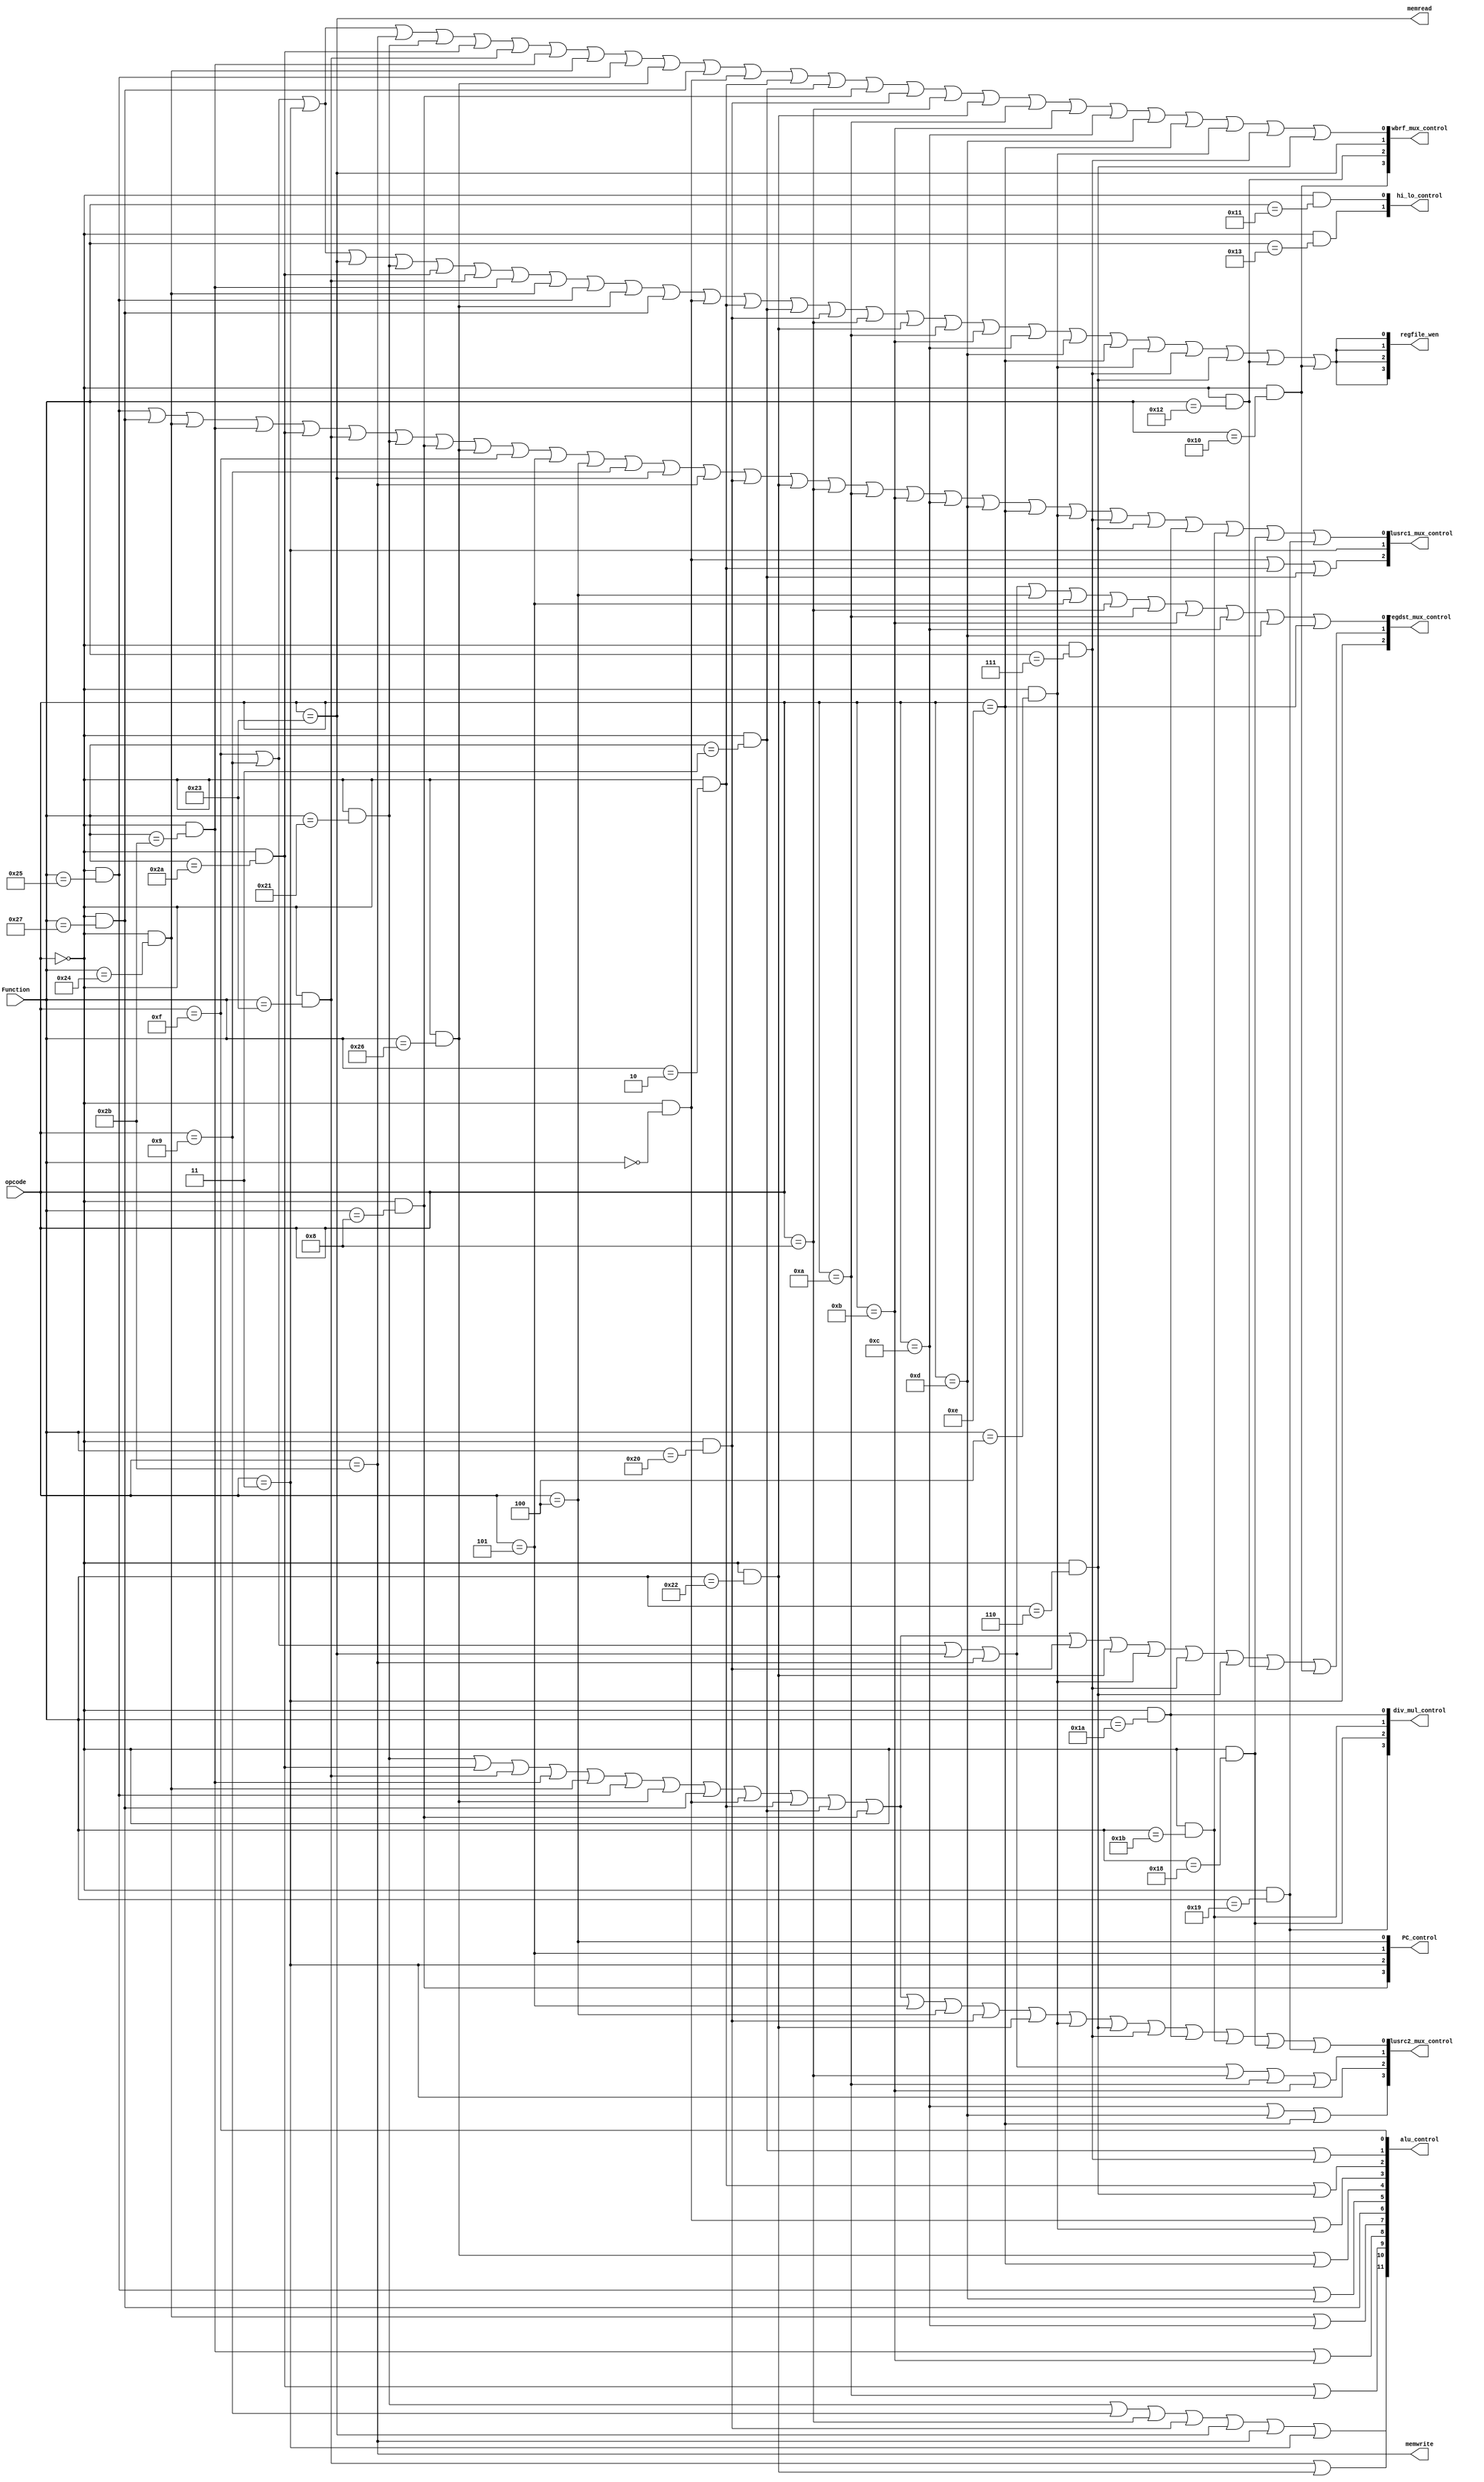
module control
	#(
		//Instruction Opcode 
            parameter INST_LUI    =    6'b001111,
            parameter INST_ADDU   =    6'b000000,
            parameter INST_ADDIU  =    6'b001001,
            parameter INST_SLT    =    6'b000000,
            parameter INST_SUBU   =    6'b000000,
            parameter INST_SLTU   =    6'b000000,
            parameter INST_AND    =    6'b000000,
            parameter INST_OR     =    6'b000000,
            parameter INST_XOR    =    6'b000000,
            parameter INST_NOR    =    6'b000000,
            parameter INST_SLL    =    6'b000000,
            parameter INST_SRL    =    6'b000000,
            parameter INST_SRA    =    6'b000000,
            parameter INST_LW     =    6'b100011,
            parameter INST_SW     =    6'b101011,
            parameter INST_BEQ    =    6'b000100,
            parameter INST_BNE    =    6'b000101,
            parameter INST_JR     =    6'b000000,
            parameter INST_JAL    =    6'b000011,
            parameter INST_ADD    =    6'b000000,
            parameter INST_ADDI   =    6'b001000,
            parameter INST_SUB    =    6'b000000,
            parameter INST_SLTI   =    6'b001010,
            parameter INST_SLTIU  =    6'b001011,
            parameter INST_ANDI   =    6'b001100,
            parameter INST_ORI    =    6'b001101,
            parameter INST_XORI   =    6'b001110,
            parameter INST_SLLV   =    6'b000000,
            parameter INST_SRAV   =    6'b000000,
            parameter INST_SRLV   =    6'b000000,
            parameter INST_DIV    =    6'b000000,
            parameter INST_DIVU   =    6'b000000,
            parameter INST_MULT   =    6'b000000,
            parameter INST_MULTU  =    6'b000000,
            parameter INST_MFHI   =    6'b000000,
            parameter INST_MFLO   =    6'b000000,
            parameter INST_MTHI   =    6'b000000,
            parameter INST_MTLO   =    6'b000000,

    
            //Rtype Instruction Function
            parameter FUNCTION_JR   = 6'b001000,
            parameter FUNCTION_ADDU = 6'b100001,
            parameter FUNCTION_SUBU = 6'b100011,
            parameter FUNCTION_SLT  = 6'b101010,
            parameter FUNCTION_SLTU = 6'b101011,
            parameter FUNCTION_AND  = 6'b100100,
            parameter FUNCTION_OR   = 6'b100101,
            parameter FUNCTION_XOR  = 6'b100110,
            parameter FUNCTION_NOR  = 6'b100111,
            parameter FUNCTION_SLL  = 6'b000000,
            parameter FUNCTION_SRL  = 6'b000010,
            parameter FUNCTION_SRA  = 6'b000011,
            parameter FUNCTION_ADD  = 6'b100000,
            parameter FUNCTION_SUB  = 6'b100010,
            parameter FUNCTION_SLLV = 6'b000100,
            parameter FUNCTION_SRAV = 6'b000111,
            parameter FUNCTION_SRLV = 6'b000110,
            parameter FUNCTION_DIV  = 6'b011010,
            parameter FUNCTION_DIVU = 6'b011011,
            parameter FUNCTION_MULT = 6'b011000,
            parameter FUNCTION_MULTU= 6'b011001,
            parameter FUNCTION_MFHI = 6'b010000,
            parameter FUNCTION_MFLO = 6'b010010,
            parameter FUNCTION_MTHI = 6'b010001,
            parameter FUNCTION_MTLO = 6'b010011

		)
	(
	input [5:0] opcode,
	input [5:0] Function,
	output [11:0] alu_control,
	output [3:0] PC_control,
	output [2:0] regdst_mux_control,
	output [3:0] regfile_wen,
	output memread,
	output memwrite,
	output [2:0] alusrc1_mux_control,
	output [3:0] alusrc2_mux_control,
	output [3:0] wbrf_mux_control,
	output [1:0] hi_lo_control,
    output [3:0] div_mul_control
	);

wire inst_addiu   = (opcode==INST_ADDIU   );
wire inst_lui     = (opcode==INST_LUI     );
wire inst_lw      = (opcode==INST_LW      );
wire inst_sw      = (opcode==INST_SW      );
wire inst_beq     = (opcode==INST_BEQ     );
wire inst_bne     = (opcode==INST_BNE     );
wire inst_jal     = (opcode==INST_JAL     );
wire inst_addi    = (opcode==INST_ADDI    );
wire inst_slti    = (opcode==INST_SLTI    );
wire inst_sltiu   = (opcode==INST_SLTIU   );
wire inst_andi    = (opcode==INST_ANDI    );
wire inst_ori     = (opcode==INST_ORI     );
wire inst_xori    = (opcode==INST_XORI    );


wire inst_addu    = (opcode==INST_ADDU    )&&(Function==FUNCTION_ADDU     );
wire inst_slt     = (opcode==INST_SLT     )&&(Function==FUNCTION_SLT      );
wire inst_subu    = (opcode==INST_SUBU    )&&(Function==FUNCTION_SUBU     );
wire inst_sltu    = (opcode==INST_SLTU    )&&(Function==FUNCTION_SLTU     );
wire inst_and     = (opcode==INST_AND     )&&(Function==FUNCTION_AND      );
wire inst_or      = (opcode==INST_OR      )&&(Function==FUNCTION_OR       );
wire inst_xor     = (opcode==INST_XOR     )&&(Function==FUNCTION_XOR      );
wire inst_nor     = (opcode==INST_NOR     )&&(Function==FUNCTION_NOR      );
wire inst_sll     = (opcode==INST_SLL     )&&(Function==FUNCTION_SLL      );
wire inst_srl     = (opcode==INST_SRL     )&&(Function==FUNCTION_SRL      );
wire inst_sra     = (opcode==INST_SRA     )&&(Function==FUNCTION_SRA      );
wire inst_jr      = (opcode==INST_JR      )&&(Function==FUNCTION_JR       );
wire inst_add     = (opcode==INST_ADD     )&&(Function==FUNCTION_ADD      );
wire inst_sub     = (opcode==INST_SUB     )&&(Function==FUNCTION_SUB      );
wire inst_sllv    = (opcode==INST_SLLV    )&&(Function==FUNCTION_SLLV     );
wire inst_srav    = (opcode==INST_SRAV    )&&(Function==FUNCTION_SRAV     );
wire inst_srlv    = (opcode==INST_SRLV    )&&(Function==FUNCTION_SRLV     );
wire inst_div     = (opcode==INST_DIV     )&&(Function==FUNCTION_DIV      );
wire inst_divu    = (opcode==INST_DIVU    )&&(Function==FUNCTION_DIVU     );
wire inst_mult    = (opcode==INST_MULT    )&&(Function==FUNCTION_MULT     );
wire inst_multu   = (opcode==INST_MULTU   )&&(Function==FUNCTION_MULTU    );
wire inst_mfhi    = (opcode==INST_MFHI    )&&(Function==FUNCTION_MFHI     );
wire inst_mflo    = (opcode==INST_MFLO    )&&(Function==FUNCTION_MFLO     );
wire inst_mthi    = (opcode==INST_MTHI    )&&(Function==FUNCTION_MTHI     );
wire inst_mtlo    = (opcode==INST_MTLO    )&&(Function==FUNCTION_MTLO     );

//alu control 
assign alu_control[0]  =  inst_lui                                                                      ;
assign alu_control[1]  =  inst_sra  | inst_srav                                                         ;
assign alu_control[2]  =  inst_srl  | inst_srlv                                                         ;
assign alu_control[3]  =  inst_sll  | inst_sllv                                                         ;
assign alu_control[4]  =  inst_xor  | inst_xori                                                         ;
assign alu_control[5]  =  inst_or   | inst_ori                                                          ;
assign alu_control[6]  =  inst_nor                                                                      ;
assign alu_control[7]  =  inst_and  | inst_andi                                                         ;
assign alu_control[8]  =  inst_sltu | inst_sltiu                                                        ; 
assign alu_control[9]  =  inst_slt  | inst_slti                                                         ;
assign alu_control[10] =  inst_subu | inst_sub                                                          ;
assign alu_control[11] =  inst_addu | inst_addiu | inst_addi | inst_add | inst_lw | inst_sw | inst_jal  ;

//div_mul_control
assign div_mul_control[0] = inst_div  ;
assign div_mul_control[1] = inst_divu ;
assign div_mul_control[2] = inst_mult ;
assign div_mul_control[3] = inst_multu;

//regdst_mux control
assign regdst_mux_control[0] = inst_lui  | inst_addiu | inst_lw   | inst_sw   | inst_beq  | inst_bne 
                             | inst_addi | inst_slti  | inst_sltiu| inst_andi | inst_ori  | inst_xori;

assign regdst_mux_control[1] = inst_addu | inst_slt   | inst_subu | inst_sltu | inst_and  | inst_or  
                             | inst_xor  | inst_nor   | inst_sll  | inst_srl  | inst_sra  | inst_jr  
                             | inst_add  | inst_sub   | inst_sllv | inst_srav | inst_srlv | inst_mflo
                             | inst_mfhi  ;

assign regdst_mux_control[2] = inst_jal                                                              ;


//alusrc_mux control
//alusrc1_mux

assign alusrc1_mux_control[0] =   inst_or    | inst_nor  | inst_and | inst_sltu | inst_slt | inst_subu 
                                | inst_addu  | inst_jr   | inst_xor | inst_lui  | inst_bne | inst_beq 
                                | inst_addiu | inst_lw   | inst_sw  | inst_add  | inst_sub | inst_addi  
                                | inst_slti  | inst_sltiu| inst_andi| inst_ori  | inst_xori| inst_sllv
                                | inst_srav  | inst_srlv | inst_div | inst_divu | inst_mult| inst_multu;

assign alusrc1_mux_control[1] =   inst_jal                                                             ;

assign alusrc1_mux_control[2] =   inst_sll   | inst_srl | inst_sra                                     ;
            
//alusrc2_mux
assign alusrc2_mux_control[0] =   inst_addu  | inst_slt   | inst_subu | inst_sltu | inst_and  | inst_or  | inst_xor  
                                | inst_nor   | inst_sll   | inst_srl  | inst_sra  | inst_jr   | inst_bne | inst_beq  
                                | inst_add   | inst_sub   | inst_sllv | inst_srlv | inst_srav | inst_div | inst_divu 
                                | inst_mult  | inst_multu;


assign alusrc2_mux_control[1] =   inst_lui   | inst_addiu | inst_lw   | inst_sw   | inst_addi | inst_slti| inst_sltiu    ;
                               

assign alusrc2_mux_control[2] =   inst_jal                                                                           ;

assign alusrc2_mux_control[3] =   inst_andi  | inst_ori | inst_xori ;
//li ho control
assign hi_lo_control[0] = inst_mthi;
assign hi_lo_control[1] = inst_mtlo;
//memwrite & memread control
assign memread  = inst_lw ;
assign memwrite = inst_sw ;

//wb_rf_mux control
assign wbrf_mux_control[0] =    inst_lui  | inst_addiu | inst_jal  | inst_sw  | inst_addu | inst_slt  | inst_subu | inst_sltu 
                              | inst_and  | inst_or    | inst_xor  | inst_nor | inst_sll  | inst_srl  | inst_sra  | inst_jr  
                              | inst_add  | inst_addi  | inst_sub  | inst_slti| inst_sltiu| inst_andi | inst_ori  | inst_xori 
                              | inst_sllv | inst_srav  | inst_srlv ;

assign wbrf_mux_control[1] =    inst_lw			                                                                             ;				

assign wbrf_mux_control[2] =    inst_mflo;

assign wbrf_mux_control[3] =    inst_mfhi;

//regfile_wen control
wire regwrite;
assign regwrite =  inst_lui  | inst_addiu | inst_jal  |  inst_lw    | inst_addu | inst_slt | inst_subu | inst_sltu 
                 | inst_and  | inst_or    | inst_xor  |  inst_nor   | inst_sll  | inst_srl | inst_sra  | inst_add  
                 | inst_addi | inst_sub   | inst_slti | inst_sltiu  | inst_andi | inst_ori | inst_xori | inst_sllv 
                 | inst_srav | inst_srlv  | inst_mflo | inst_mfhi ;
assign regfile_wen = {4{regwrite}};

//branch jump control
assign PC_control[0] = inst_beq;
assign PC_control[1] = inst_bne;
assign PC_control[2] = inst_jal;
assign PC_control[3] = inst_jr ;

endmodule